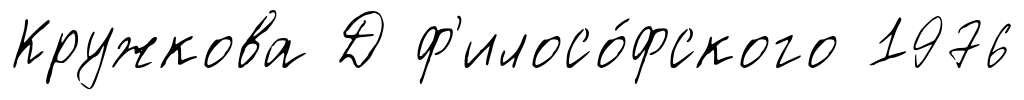
Кружкова Д ф'илосо́фского 1976